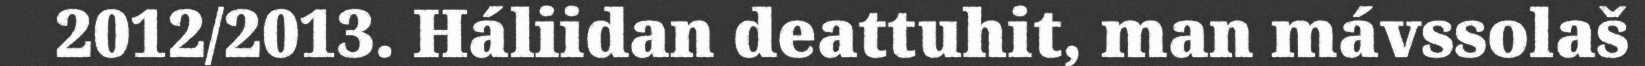
2012/2013. Háliidan deattuhit, man mávssolaš